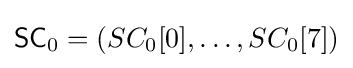
{\textsf {SC}}_{0}=(SC_{0}[0],\ldots ,SC_{0}[7])